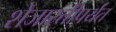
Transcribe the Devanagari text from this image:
शेजारतीपर्यंत